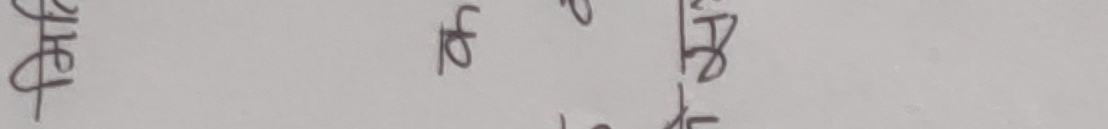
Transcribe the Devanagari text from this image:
त्यो